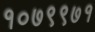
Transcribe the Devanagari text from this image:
१०७९९७१